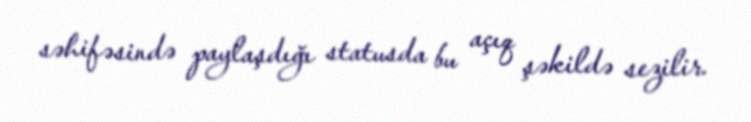
səhifəsində paylaşdığı statusda bu açıq şəkildə sezilir.